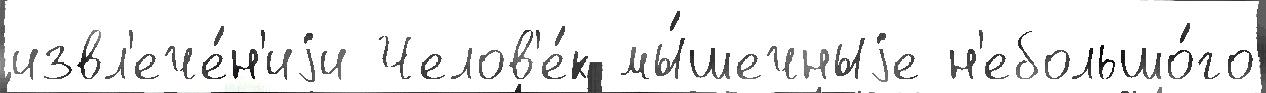
извл'ече́н'иjи Челов'е́к мы́шечныjе н'ебольшо́го